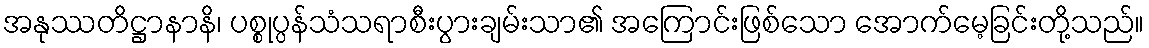
အနုဿတိဋ္ဌာနာနိ၊ ပစ္စုပ္ပန်သံသရာစီးပွားချမ်းသာ၏ အကြောင်းဖြစ်သော အောက်မေ့ခြင်းတို့သည်။